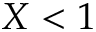
X < 1